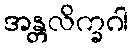
အန္တလိက္ခဂါ